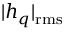
| h _ { q } | _ { \mathrm { r m s } }